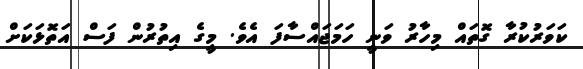
ކަވަރުކުރާ ގޮތައް މިހާރު ވަނީ ހަމަޖައްސާފަ އެވެ. މީގެ އިތުރުން ފަސް އަތޮޅަކަށް